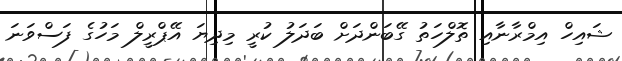
ޝައިހް އިމްރާނާއި ތޮލްހަތު ގޭބަންދަށް ބަދަލު ކުރީ މިދިޔަ އޭޕްރީލް މަހުގެ ފަސްވަނަ